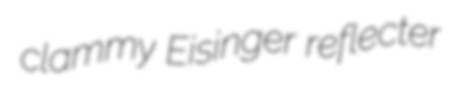
clammy Eisinger reflecter